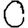
Digit: 0